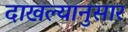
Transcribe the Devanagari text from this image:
दाखल्यानुसार